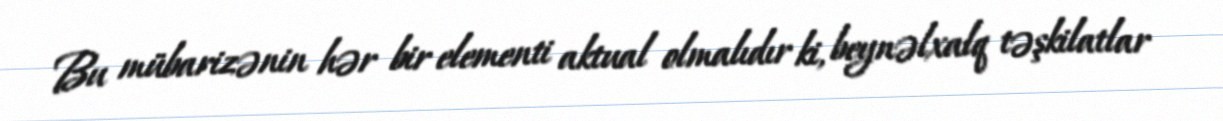
Bu mübarizənin hər bir elementi aktual olmalıdır ki, beynəlxalq təşkilatlar